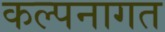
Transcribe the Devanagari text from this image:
कल्पनागत